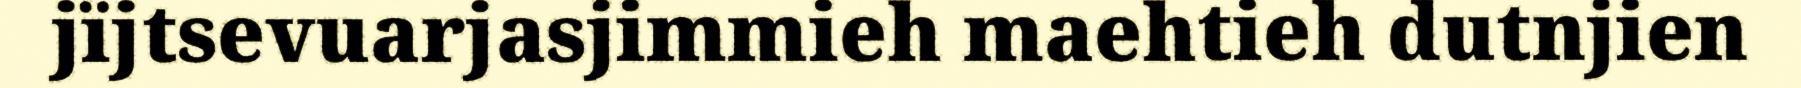
jïjtsevuarjasjimmieh maehtieh dutnjien